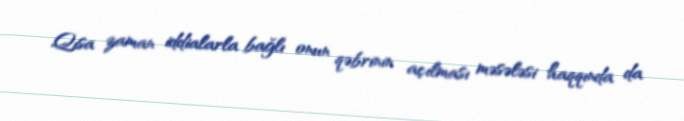
Qısa zaman iddialarla bağlı onun qəbrinin açılması məsələsi haqqında da